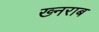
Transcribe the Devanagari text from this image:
ख्नराब